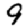
Digit: 9